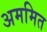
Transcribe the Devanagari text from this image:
अममित